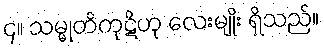
၄။ သမ္မုတိကုဋိဟု လေးမျိုး ရှိသည်။